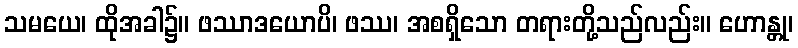
သမယေ၊ ထိုအခါ၌။ ဖဿာဒယောပိ၊ ဖဿ၊ အစရှိသော တရားတို့သည်လည်း။ ဟောန္တု၊